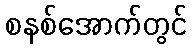
စနစ်အောက်တွင်